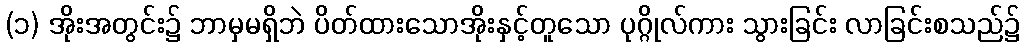
(၁) အိုးအတွင်း၌ ဘာမှမရှိဘဲ ပိတ်ထားသောအိုးနှင့်တူသော ပုဂ္ဂိုလ်ကား သွားခြင်း လာခြင်းစသည်၌